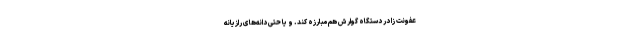
عفونت زا در دستگاه گوارش هم مبارزه کند. و یا حتی دانه‌های رازیانه